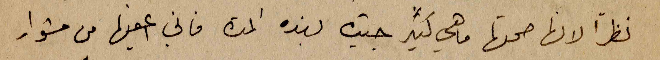
نظراً لانها صحتها ما هي كتير جيدة بهذه المدة فاني اعفيها من مشوار